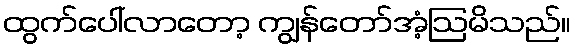
ထွက်ပေါ်လာတော့ ကျွန်တော်အံ့ဩမိသည်။